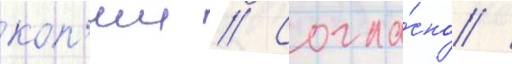
коп'ии // Согла́сно /